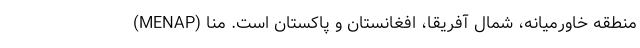
(MENAP) منطقه خاورمیانه، شمال آفریقا، افغانستان و پاکستان است. منا